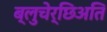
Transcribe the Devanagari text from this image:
ब्लुचेर्छिअति